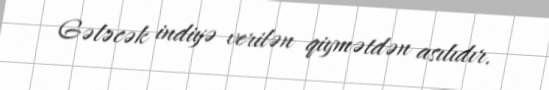
Gələcək indiyə verilən qiymətdən asılıdır.